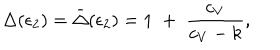
LaTeX: \Delta ( \epsilon _ { 2 } ) = \bar { \Delta } ( \epsilon _ { 2 } ) = 1 \; + \; { \frac { c _ { V } } { c _ { V } - k } } ,